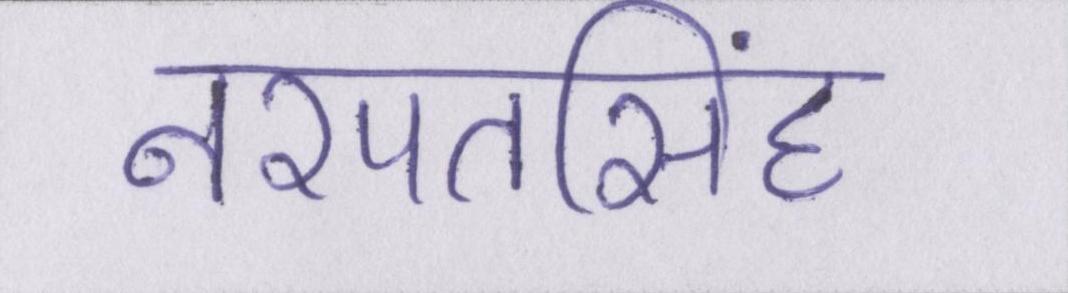
नरपतसिंह